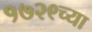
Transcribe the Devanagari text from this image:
१७२९च्या